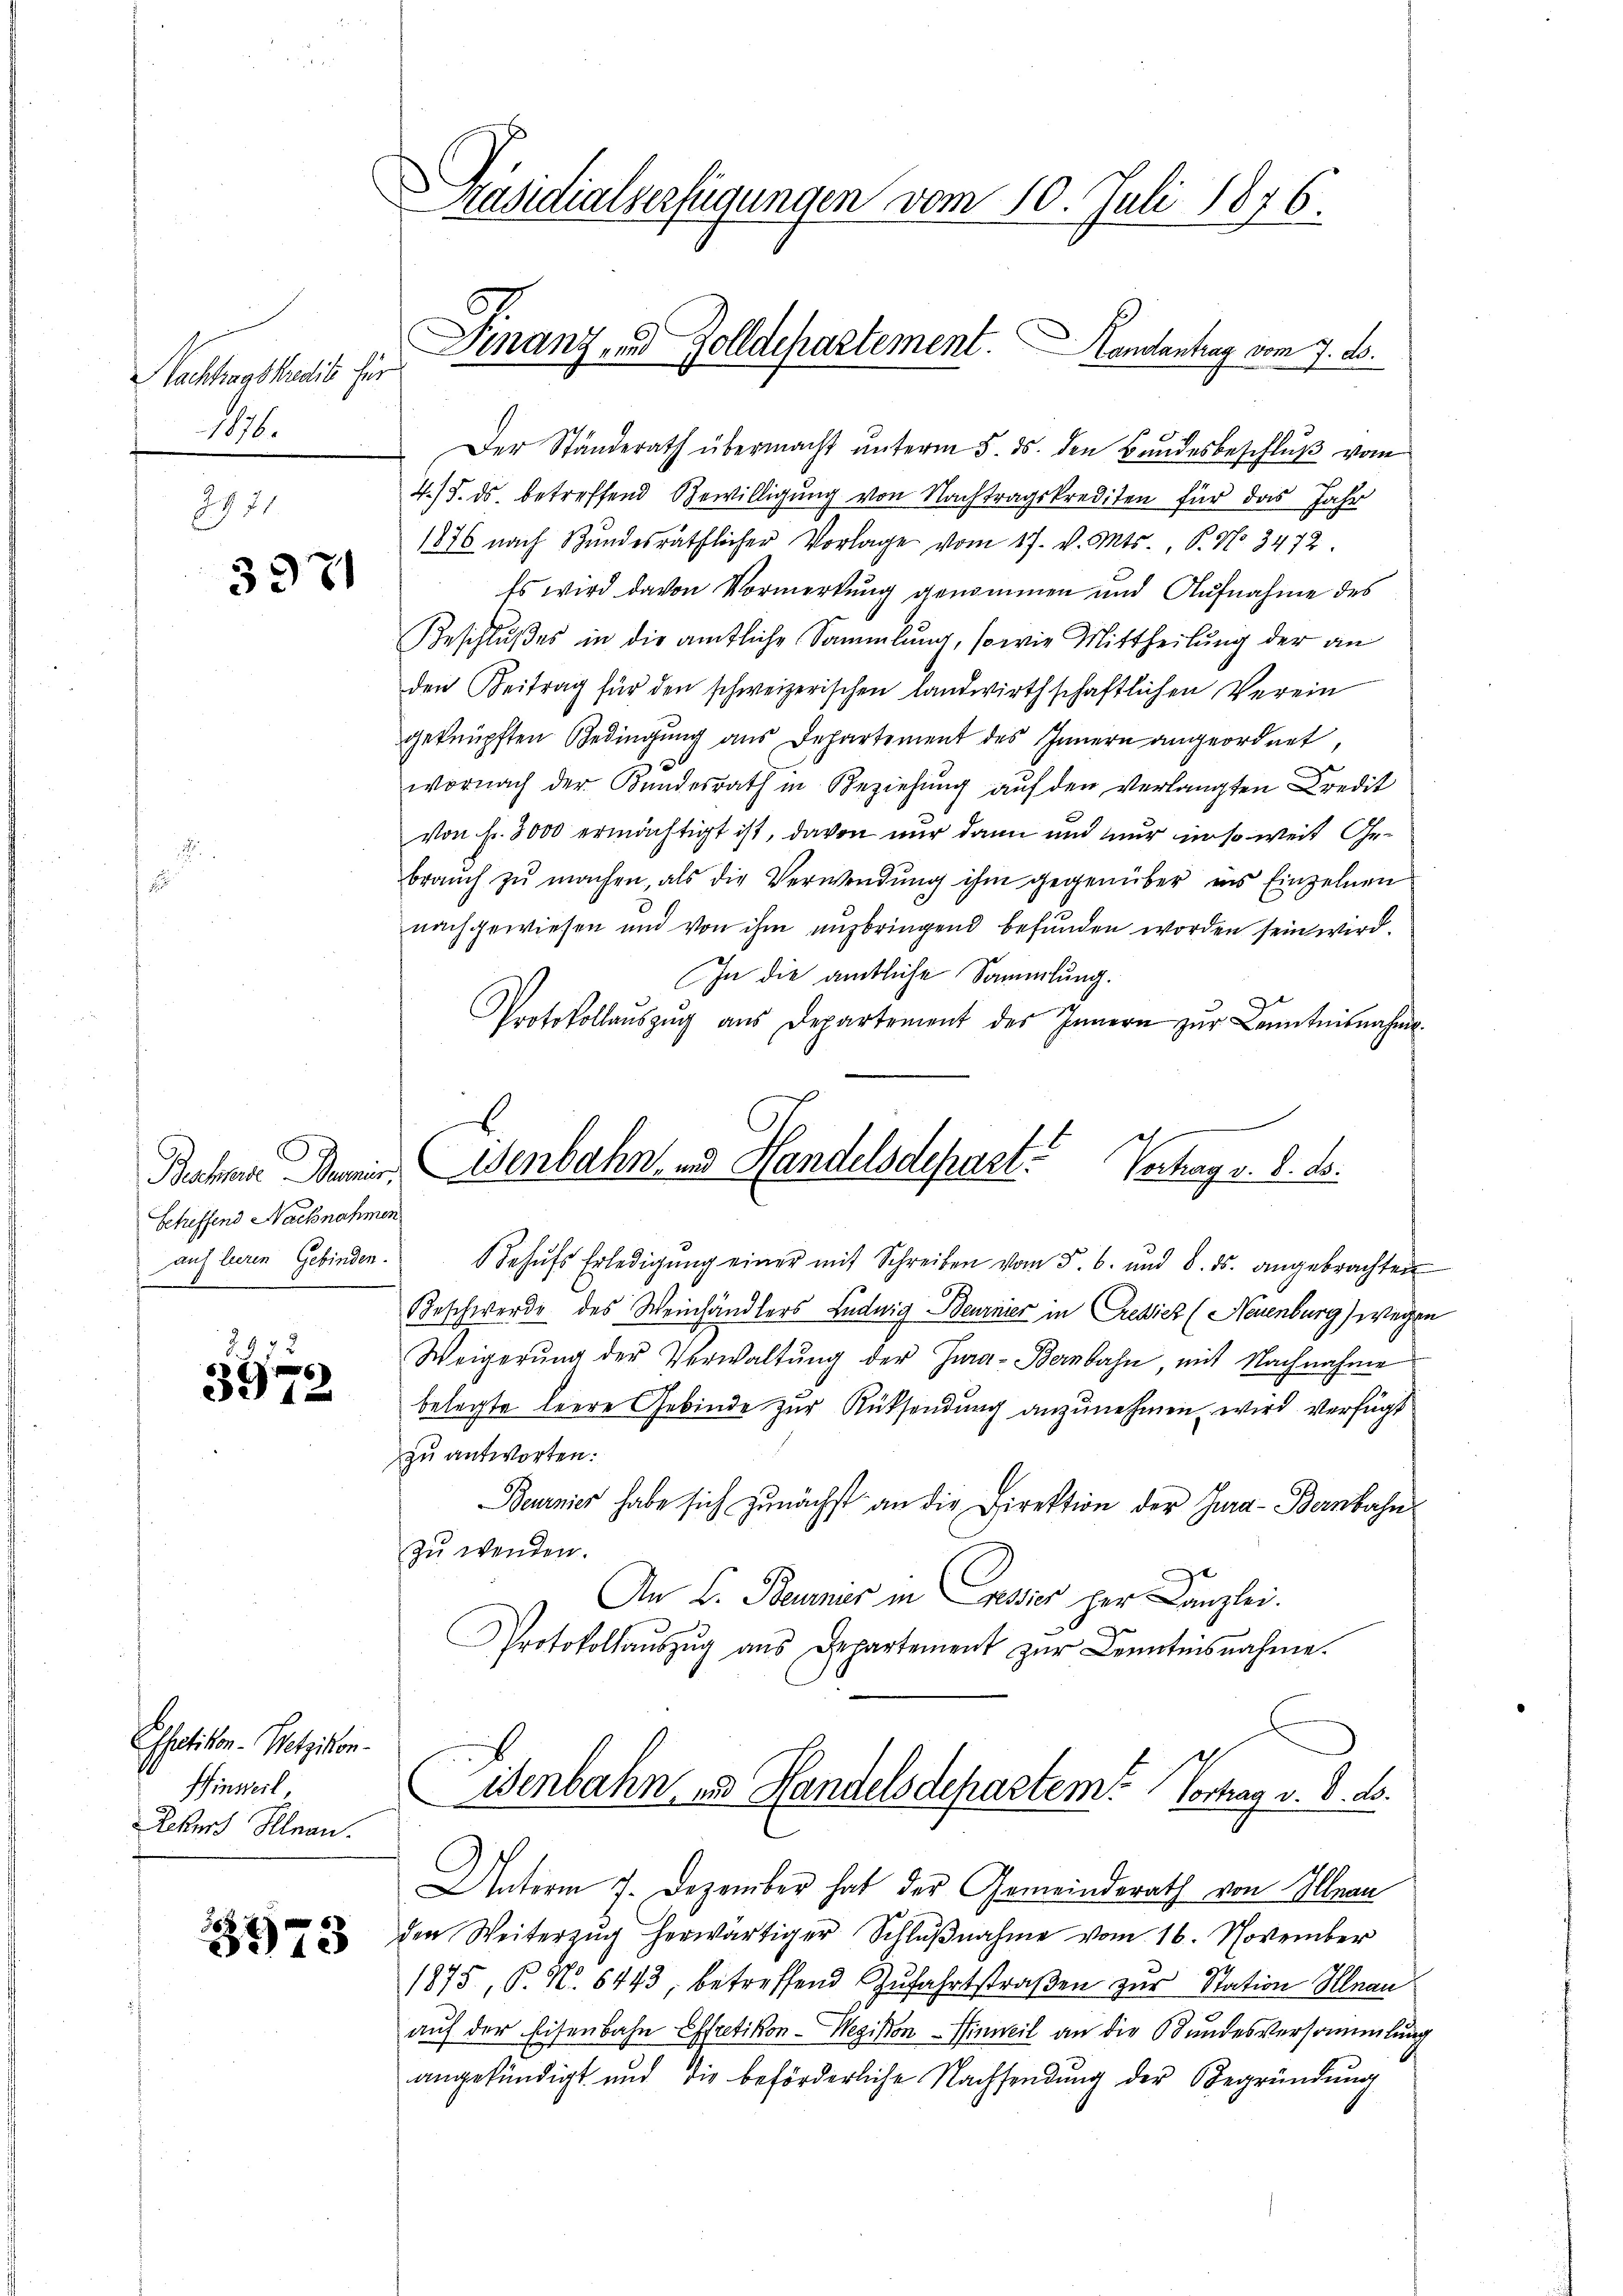
Nachtragskredit für
186.

3971

Scheffend Nachnahmen

2.
6
3912

Esfetikon - Wetzikon.
Hinweil,
Rekurs Knau.

3973

räsidialverfügungen vom 10. Juli 1876.

Der Ständerath übermacht unterm 5. ds. den Bundesbeschluß vom
r
4/5. ds. betreffend Gewilligung von Nachtragskrediten für das Jahr
1876 nach Bŭndesräthlicher Vorlage vom 17. v. Mts., P. No 3472.
Es wird davon Vormerkung genommen und Aufnahme des
Beschlußes in die amtliche Sammlung, sowie Mittheilung der an
den Beitrag für den schweizerischen Landwirthschaftlichen Verein
geknüpften Bedingung aus Departement des Innern angeordnet
e
wornach der Bundesrath in Beziehung auf den verlangten Credit
von Fr. 8000 ermächtigt ist, davon nur dann und nur in so weit Gebraŭch zu machen, als die Verwendung ihm gegenüber ins Einzelnen
nachgewiesen und von ihm ausbringend befunden worden sein wird.
In die amtliche Sammlung.
Protokollaŭszŭg aŭs Departement des Innern zŭr Kenntnisnahme.
auf leeren Gebinden. Behŭfs Erledigŭng einer mit Schreiben vom 5. 6. und 8. ds. angebrachten
Beschwerde des Weinhändlers Ludwig Beurnier in Credicz (Neuenburg) wegen
Weigerung der Verwaltŭng der Jura-Bernbahn, mit Nachnahme
belegte leere Gebinde zur Rücksendung anzunehmen wird verfügt
zu antworten:
Beurnier habe sich zunächst an die Direktion der Jura - Bernbahn
zu wenden.
An L. Beumier in Passier per Canzlei.
Protokollaŭszŭg ans Departement zŭr Kenntnisnahme.
Wenbahn in Handelsdepartem Vortrag v. d. d.
Unterm 7. Dezember hat der Gemeinderath von Illnau
den Weiterzŭg herwärtiger Schlŭβnahme vom 16. November
1875, P. Nr. 6443, betreffend Zufahrtstraßen zur Station Illnau
auf der Eisenbahn Effretikon-Wegisston - Hinweil an die Bundesversammlung
angekündigt und die beförderliche Nachsendung der Begründung

Finanz und Zolldepartement. Landantrag vom 7. ds.

Bachen Dri. Eisenbahn. v. Handelsdepart. Vertrag d. d. d.